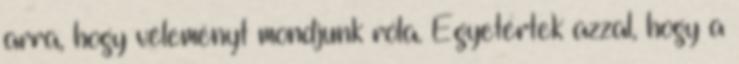
arra, hogy véleményt mondjunk róla. Egyetértek azzal, hogy a